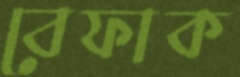
বেফাক